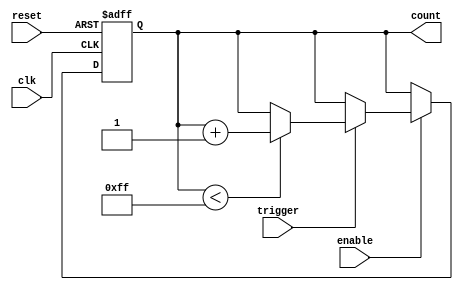
module event_triggered_counter (
    input wire clk,               // Clock signal
    input wire reset,             // Asynchronous reset
    input wire trigger,           // Event trigger signal
    input wire enable,            // Enable counting
    output reg [7:0] count        // 8-bit counter output
);

    // Parameters
    parameter MAX_COUNT = 8'd255; // Define maximum count value

    // Always block for the counter operation
    always @(posedge clk or posedge reset) begin
        if (reset) begin
            count <= 8'b0;         // Asynchronous reset to zero
        end else if (enable) begin
            if (trigger) begin
                if (count < MAX_COUNT) begin
                    count <= count + 1; // Increment counter
                end
                // If MAX_COUNT is reached, do not increment
            end
        end
    end

    // Optional: Low power management could be implemented here if needed

endmodule